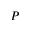
P